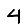
Digit: 4